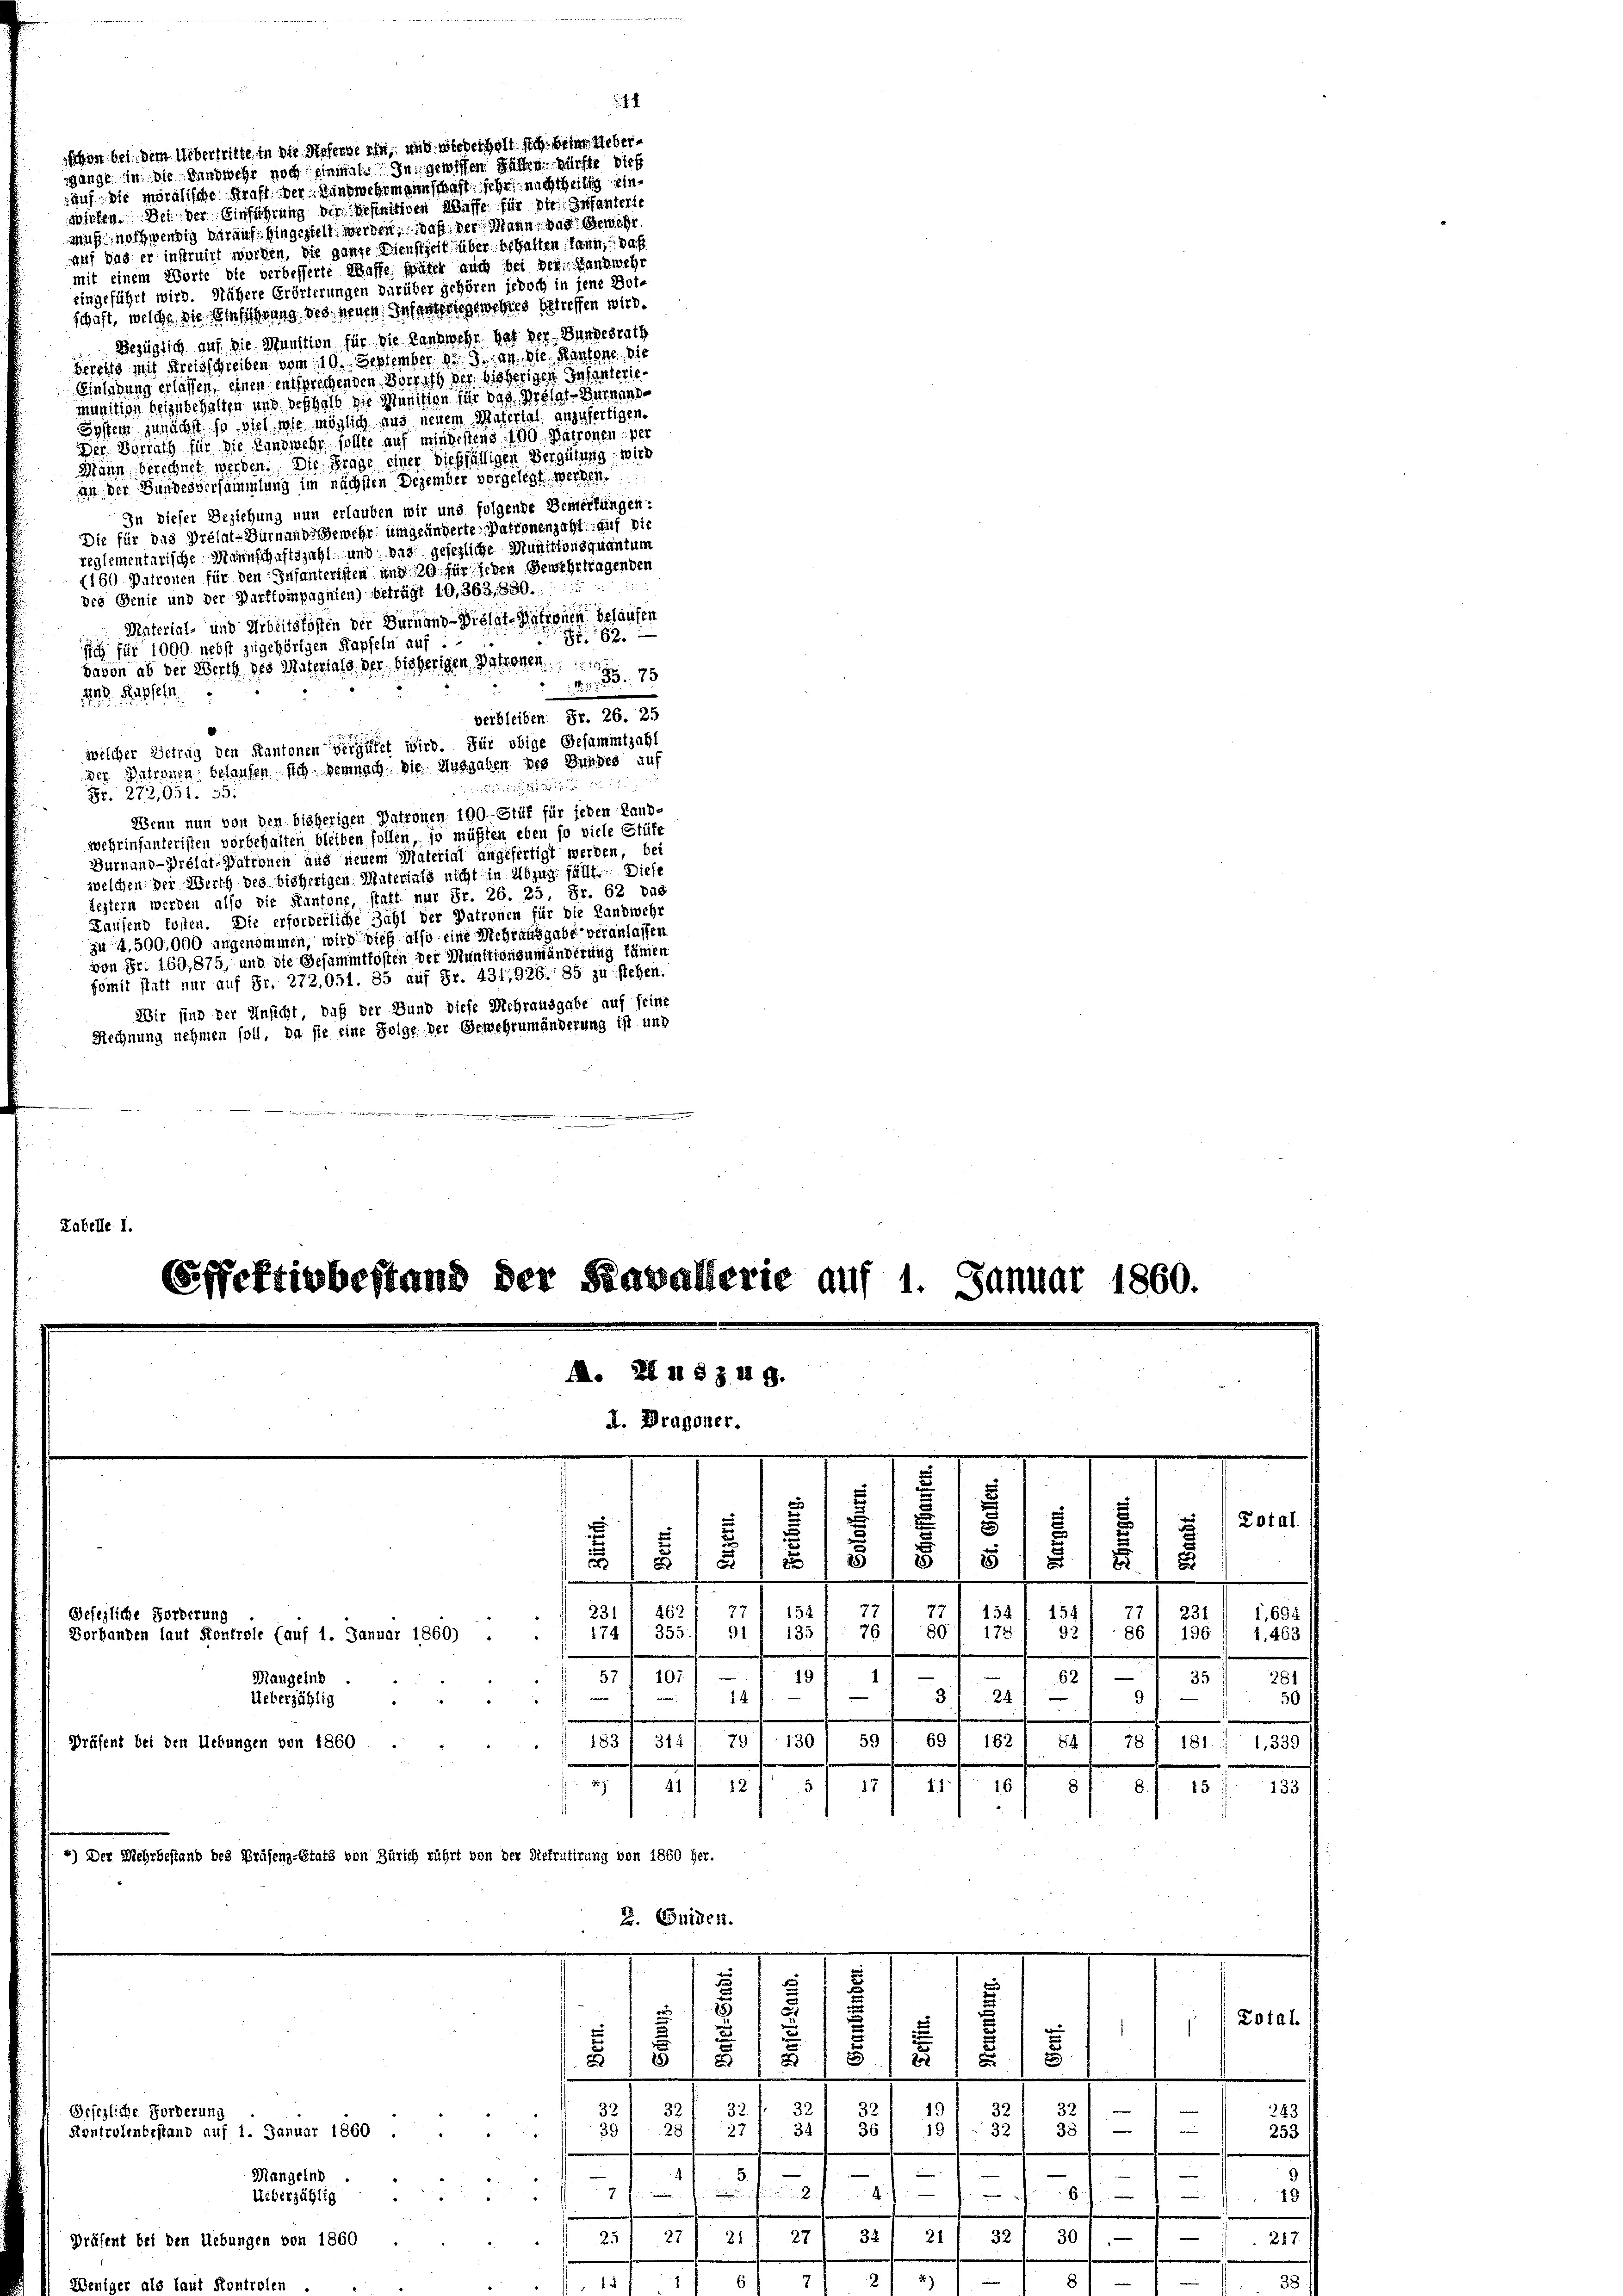
schon bei dem Uebertritte in die Referne ein, und wiederholt sich beim Uebergänge in die Einwehr noch einmal zu gesten hätten sichte dich
auf die moralische Kraft der Mundwehrmannschaft sehr nachtheilich einwirken. Des der Einführung der Beseitigen Wasse für die Infanterte
auß nothwendig darauf hingestelt werden, was der Mann, das Gewehr
auf das er instruirt werden, die ganze Dienstzeit über behalten kann, daß
mit einem Worte die verbesserte Waffe später auch bei der Handwehr
eingeführt wird. Nähere Erörterungen darüber gehören jedoch in jene Beischaft, welche die Einführung des neuen Infantriegewehres betreffen wird.
Bezüglich auf die Munition für die Landwehr hat der Bundesrath
Versitz mit Breisschreiben vom 10. September 18. an die Handere
Schuldung erlassen, einen entsprechenden Vorricht der bisherigen Infanterimunition beizubehalten und deshalb die Munition für das Brösel der hand
System junächst so viel wie möglich uns neuem Material anzufertigen.
Der. Hortung für die Landwehr sollte auf mindchens 190 Patronen, der
Mann, berechnet werden. Die Frage einer dießfälligen Vergütung wird
an der Bundesversammlung im nächsten Dezember vorgelegt werden.
In dieser Beziehung nun erlauben wir und folgende Bemerkungen:
Die für das Prélat-Dürnande Gewehr umgeänderte Patronenzahl auf die
reglementarische Mannschaftszahl und das gesezliche Munitionsquantum
(160 Patronen für den Infanteristen und 120 für jeden Gewehrtragenden
des Genie und der Durfkompagnien) beträgt 10,363, 630.:
Material- und Arbeitskosten der Dürnand - Wielai-Nationen belaufen
82.
sich für 1000 nebst zugehörigen Kapfeln auf
davon ab der Werth des Materiale der bisherigen Patronen
Nr. 38. 78
448. Rapseln
verbleiben. Fr. 26. 25
welcher Getrug den Kantonen vergütet wird. Für obige Gesammtzahl
der Patronen belaufen sich demnach die Ausgaben des Bundes auf

Fr. 272,051. 35:
Wenn nun von den bisherigen Patronen 190. Stüf für jeden Land-
wehrinfunteristen vorbehalten bleiben sollen, so müßten eben so viele Stüfe
Gurnaud-Prélat-Patronen aus neuem Material angefertigt werden, bei
welchen der Werth des bisherigen Materinte nicht in Abzug fällt. Diese
lestern werden also die Kantone, statt nur Fr. 26. 25, Fr. 62 das
Laufend kosten. Die erforderliche Zahl der Patronen für die Landwehr
zu 4,500,000 angenommen, wird dieß also eine Mehrausgabe veranlassen
von Fr. 160, 875, und die Gesammtkosten der Munitionsumänderung kämen
fomit statt nur auf Fr. 272. 051. 35 auf Fr. 431,926. 85 zu stehen.
Wir sind der Ansicht, daß der Bund diese Mehrausgabe auf seine
Rechnung nehmen soll, da sie eine Folge der Gewehrumänderung ist und
Zabelle I.

¬
.
1
.
51.
5
5
i
.
u
15
.
.
 x
.
77
77 152
262
231
154
154
231
Gesezliche Forderung
,694
u
801 178
B1 I 135
92
86 1 196 / 1,463 f
1741 355
Vorhanden laut Kontrole (auf 1. Januar 1860)
1
—
281
Mangelnd.
57 I 107
62
19
35
—
e
3 24)
e
91
14
Ueberzählig
50
183/ 314/ 79/ 130 / 59/ 69/ 162/ 841 781 1811 1,339 ff
Präsent bei den Uebungen von 1860
47
161 81. 81. 15 f 133
241) 12
11
5
*) Der Mehrbestand des Präsenz-Statt von Zürich rührt von der Diefrutirung von 1860 her.
2. Beiden.
.
.
u
2
i
d
a
Zotal
2

1

Effektivbestand der Kavallerie auf 1. Januar 1860.
A. Zl 4 § 349.
u. Dragoner.

.
5
2
8
d
18
§ 18

¬
32
32
32
32
32
32
inen |
32
Grfezliche Forderung
3
191. 32
331—
34
er
Kontrolenbestand auf 1. Januar 1860.
27
28
e
.
.
n
|

e
—
—
Mangelnd
e
F
di  ..  ..
.

e
Ueberzählig
4
.
30
321
25 f 27 f 21
—
34
21
27
räsent bei den Uebungen von 1860
-
.
1
ouf
deniger a

Dotal

u
8
1
217